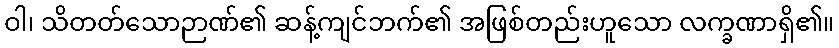
ဝါ၊ သိတတ်သောဉာဏ်၏ ဆန့်ကျင်ဘက်၏ အဖြစ်တည်းဟူသော လက္ခဏာရှိ၏။